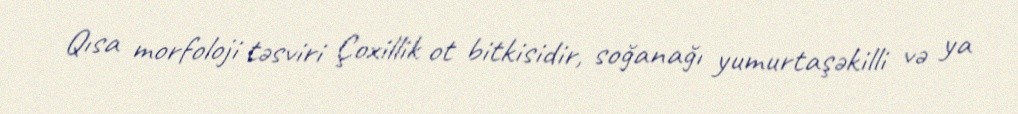
Qısa morfoloji təsviri Çoxillik ot bitkisidir, soğanağı yumurtaşəkilli və ya